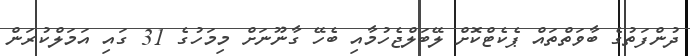
ދުންފަތުގެ ބާވަތްތައް ޕެކެޓްކޮށް ލޭބަލްޖެހުމާއި ބެހޭ ގާނޫނަށް މިމަހުގެ 31 ގައި އަމަލްކުރަން